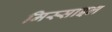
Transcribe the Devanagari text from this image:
मिस्साइल